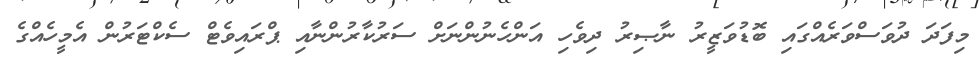
މިފަދަ ދުވަސްވަރެއްގައި ބޮޑުވަޒީރު ނާޞިރު ދިވެހި އަންހެނުންނަށް ސަރުކާރުންނާއި ޕްރައިވެޓް ސެކްޓަރުން އެމީހެއްގެ